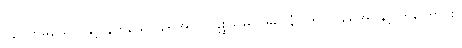
(၄) တိမ်ယောင်နှင့် နက်သော ရေအိုင်၊ ပဋိစ္စသမုပ္ပါဒ်မှာ နံပါတ် ၁-ရေအိုင်နှင့် တူကြောင်း။